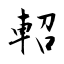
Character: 軺